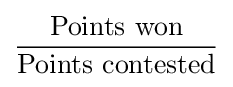
{\frac {\text{Points won}}{\text{Points contested}}}